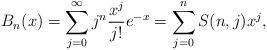
LaTeX: \begin{align*} B_n(x)=\sum_{j=0}^\infty j^n \dfrac{x^j}{j!}e^{-x}=\sum_{j=0}^n S(n,j)x^j,\end{align*}